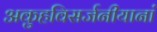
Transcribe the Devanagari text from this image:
अकुहविसर्जनीयानां